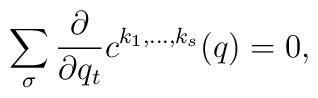
\sum_{\sigma}{\partial\over{\partial q_t}}c^{k_1,\ldots,k_s}(q)   =0,